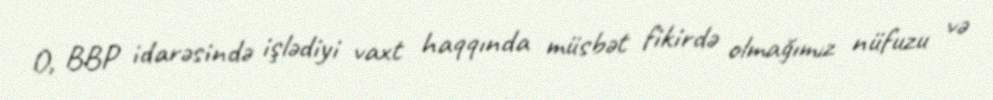
O, BBP idarəsində işlədiyi vaxt haqqında müsbət fikirdə olmağımız nüfuzu və